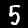
Label: 5